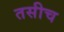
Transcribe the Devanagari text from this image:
तसीच